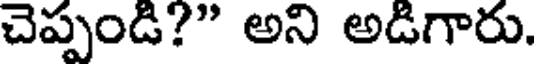
చెప్పండి?" అని అడిగారు.